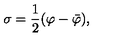
\sigma = { \frac { 1 } { 2 } } ( \varphi - \bar { \varphi } ) ,